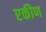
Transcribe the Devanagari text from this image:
एकीण